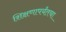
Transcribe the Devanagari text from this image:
शिक्षणापर्यंतचा